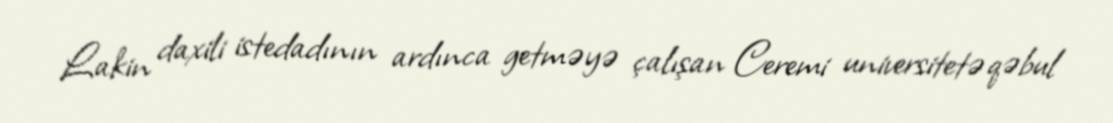
Lakin daxili istedadının ardınca getməyə çalışan Ceremi universitetə qəbul